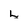
Character: L